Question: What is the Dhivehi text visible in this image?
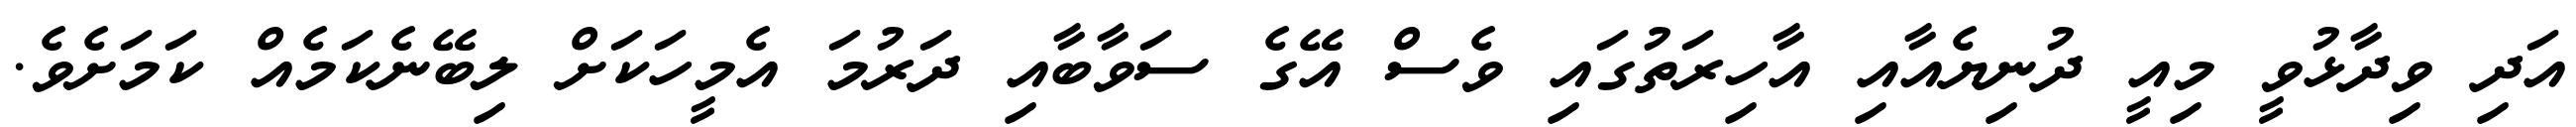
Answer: އަދި ވިދާޅުވީ މިއީ ދުނިޔެއާއި އާހިރަތުގައި ވެސް އޭގެ ސަވާބާއި ދަރުމަ އެމީހަކަށް ލިބޭނެކަމެއް ކަމަށެވެ.